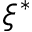
\xi ^ { * }